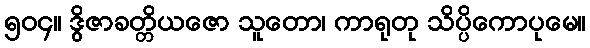
၅၀၄။ ဒွိဇာခတ္တိယဇော သူတော၊ ကာရုတု သိပ္ပိကောပုမေ။